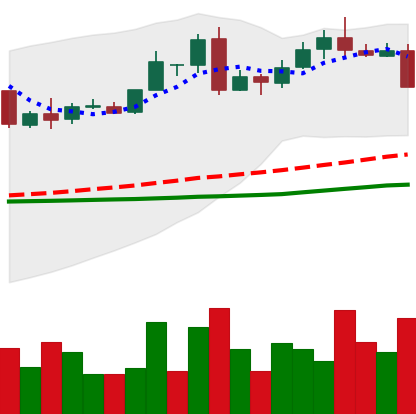
Ticker: LTC-USD
Chart end date: 2016-05-19
Forward return: 3.079%
Label: up_3_5